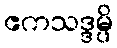
ဧကသဒ္ဒမ္ပိ